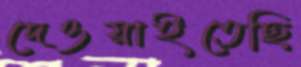
দেওয়াইতেছি